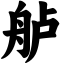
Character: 舻